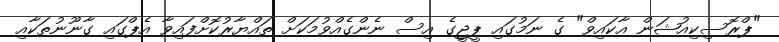
"ޕްރޮސިކިއުޝަން އާކައިވް" ގެ ނަމުގައި ޕީޖީގެ އިސް ނެންގެއްވުމަކަށް ތައްޔާރުކޮށްފައިވާ އެޕްގައި ގާނޫނުތަކާއި